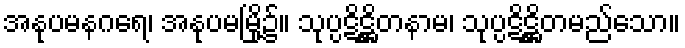
အနုပမနဂရေ၊ အနုပမမြို့၌။ သုပ္ပဋိဋ္ဌိတနာမ၊ သုပ္ပဋိဋ္ဌိတမည်သော။